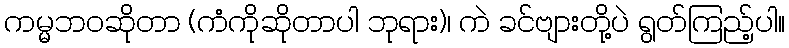
ကမ္မဘဝဆိုတာ (ကံကိုဆိုတာပါ ဘုရား)၊ ကဲ ခင်ဗျားတို့ပဲ ရွတ်ကြည့်ပါ။